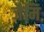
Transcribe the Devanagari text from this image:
जैमि